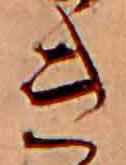
き